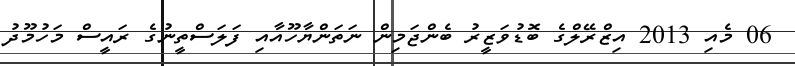
06 މެއި 2013 އިޒްރޭލްގެ ބޮޑުވަޒީރު ބެންޖަމިން ނަތަންޔާހޫއާއި ފަލަސްތީނުގެ ރައީސް މަހުމޫދު